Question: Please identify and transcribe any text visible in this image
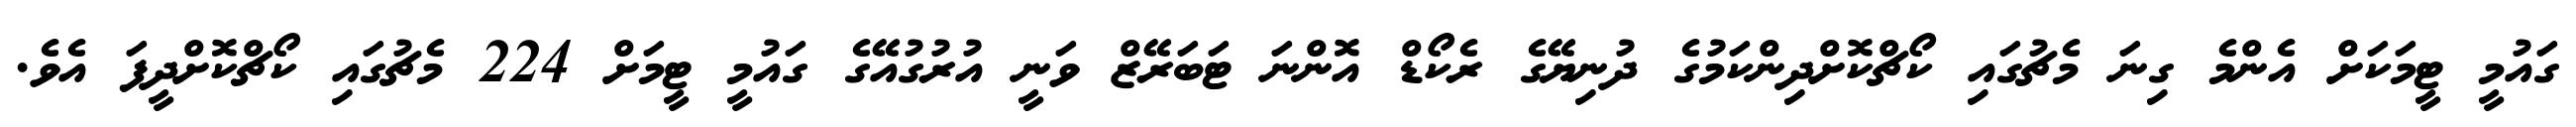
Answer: ގައުމީ ޓީމަކަށް އެންމެ ގިނަ މެޗުގައި ކޯޗްކޮށްދިންކަމުގެ ދުނިޔޭގެ ރެކޯޑް އޮންނަ ޓަބަރޭޒް ވަނީ އުރުގުއޭގެ ގައުމީ ޓީމަށް 224 މެޗުގައި ކޯޗްކޮށްދީފަ އެވެ.